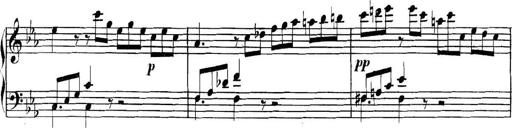
Title: Collected Piano Sonatas
Composer: Muzio Clementi